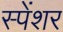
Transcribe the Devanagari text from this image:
स्पेंशर